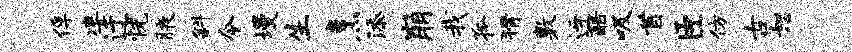
俘凄迂恍腋斜令墁生烹添崩我孤猾敷迓酷吸首臣仿古恕